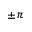
\pm \pi